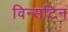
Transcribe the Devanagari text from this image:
विन्सटिन